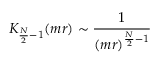
K _ { \frac { N } { 2 } - 1 } ( m r ) \sim \frac { 1 } { ( m r ) ^ { \frac { N } { 2 } - 1 } }